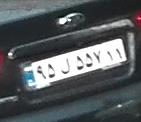
۹۵ل۵۵۷۱۱